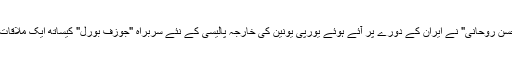
ان خیالات کا اظہار ڈاکٹر "حسن روحانی" نے ایران کے دورے پر آئے ہوئے یورپی یونین کی خارجہ پالیسی کے نئے سربراہ "جوزف بورل" کیساتھ ایک ملاقات میں گفتگو کرتے ہوئے کیا۔